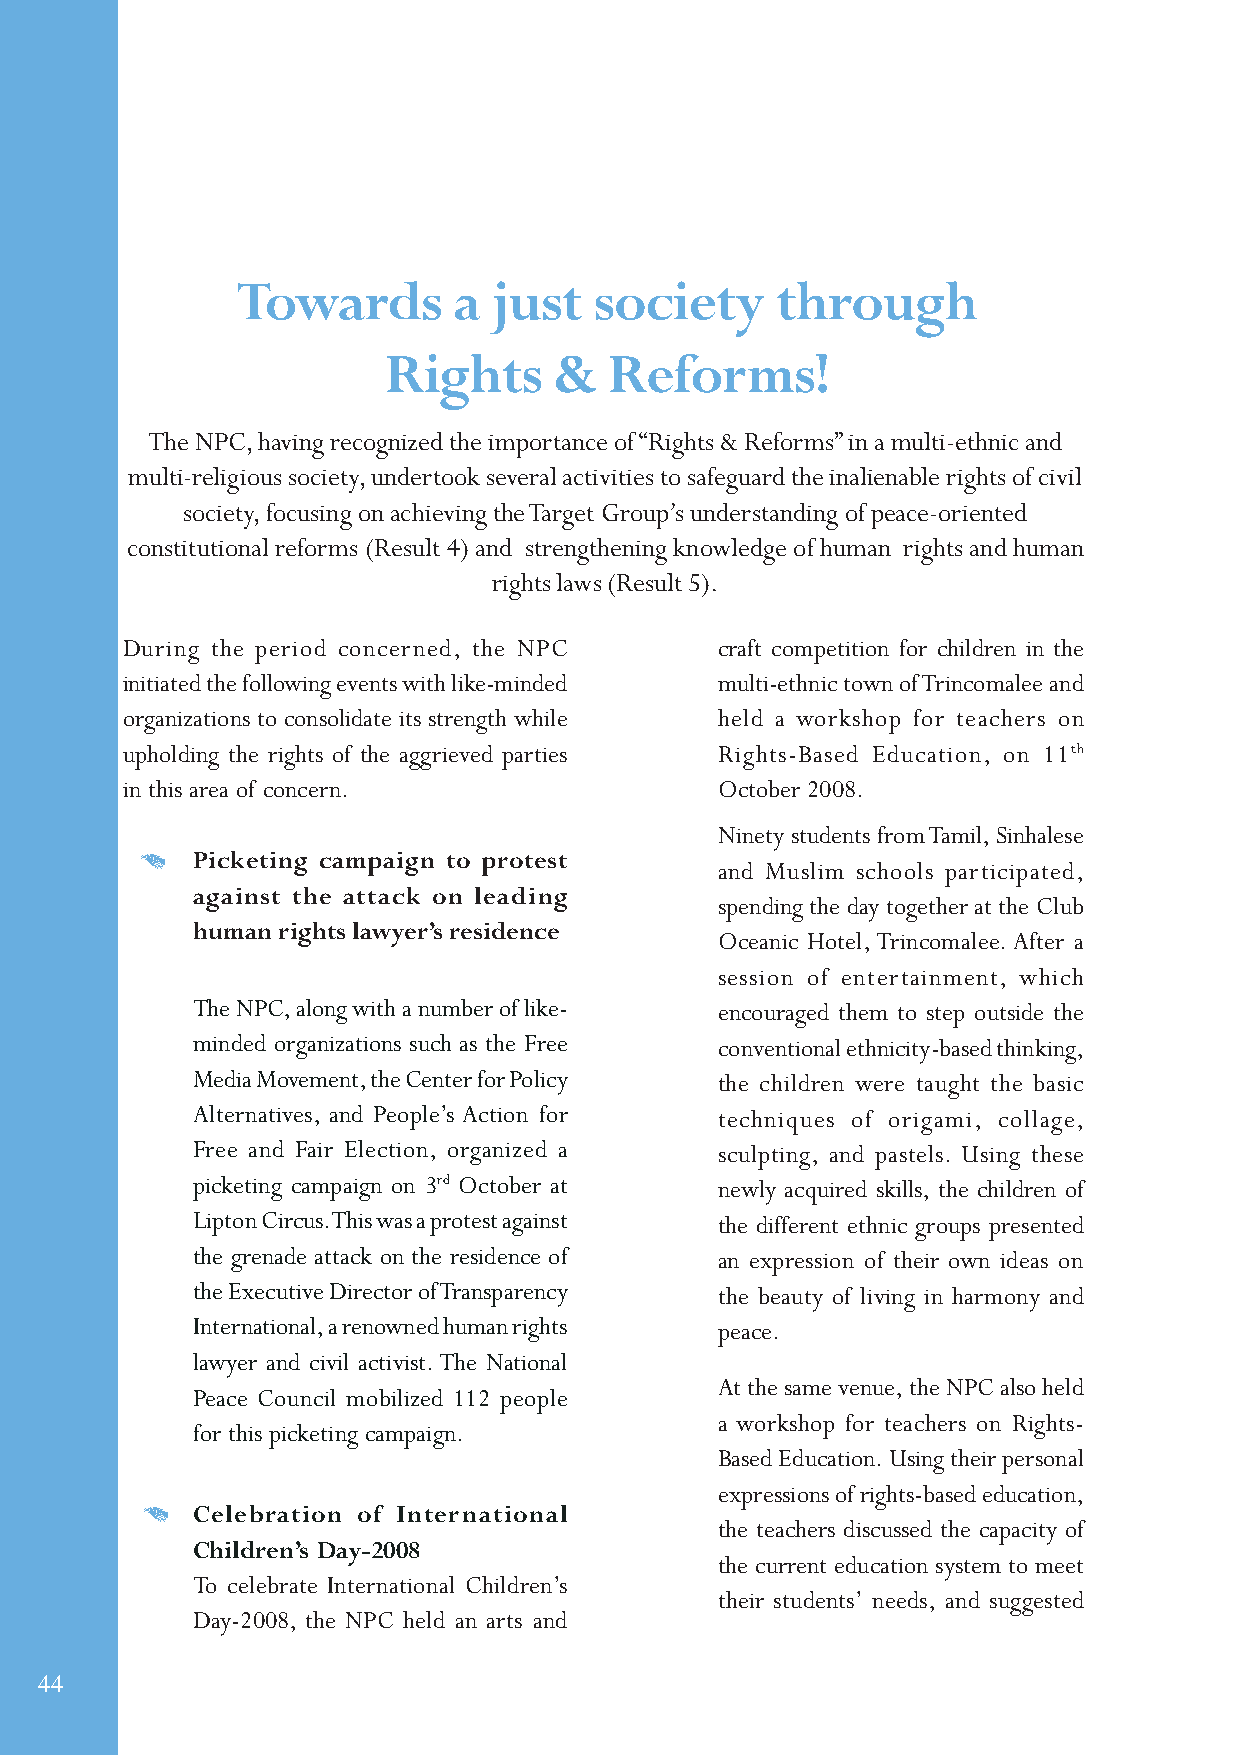
Towards       a  just  society     through
 Rights      &  Reforms!
 The NPC, having recognized the importance of “Rights & Reforms” in a multi-ethnic and
 multi-religious society, undertook several activities to safeguard the inalienable rights of civil
 society, focusing on achieving the Target Group’s understanding of peace-oriented
 constitutional reforms (Result 4) and strengthening knowledge of human rights and human
 rights laws (Result 5).
 During the period concerned, the NPC    craft competition for children in the
 initiated the following events with like-minded multi-ethnic town of Trincomalee and
 organizations to consolidate its strength while held a workshop for teachers on
 upholding the rights of the aggrieved parties Rights-Based Education, on 11th
 in this area of concern.                October 2008.
 Ninety students from Tamil, Sinhalese
 Picketing campaign to protest
 and Muslim schools participated,
 against the attack on leading
 spending the day together at the Club
 human rights lawyer’s residence
 Oceanic Hotel, Trincomalee. After a
 session of entertainment, which
 The NPC, along with a number of like- encouraged them to step outside the
 minded organizations such as the Free conventional ethnicity-based thinking,
 Media Movement, the Center for Policy the children were taught the basic
 Alternatives, and People’s Action for techniques of origami, collage,
 Free and Fair Election, organized a sculpting, and pastels. Using these
 picketing campaign on 3rd October at newly acquired skills, the children of
 Lipton Circus. This was a protest against the different ethnic groups presented
 the grenade attack on the residence of an expression of their own ideas on
 the Executive Director of Transparency the beauty of living in harmony and
 International, a renowned human rights peace.
 lawyer and civil activist. The National
 At the same venue, the NPC also held
 Peace Council mobilized 112 people
 a workshop for teachers on Rights-
 for this picketing campaign.
 Based Education. Using their personal
 expressions of rights-based education,
 Celebration of International
 the teachers discussed the capacity of
 Children’s Day-2008
 the current education system to meet
 To celebrate International Children’s
 their students’ needs, and suggested
 Day-2008, the NPC held an arts and
 44